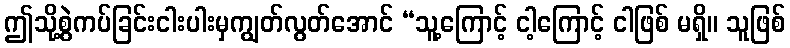
ဤသို့စွဲကပ်ခြင်းငါးပါးမှကျွတ်လွတ်အောင် “သူ့ကြောင့် ငါ့ကြောင့် ငါဖြစ် မရှိ။ သူဖြစ်